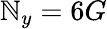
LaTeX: \mathbb{N}_{y}=6G